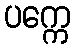
ပက္ကေ